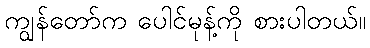
ကျွန်တော်က ပေါင်မုန့်ကို စားပါတယ်။